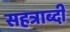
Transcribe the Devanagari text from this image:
सहत्राब्दी